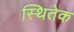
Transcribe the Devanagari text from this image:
स्थितेक